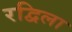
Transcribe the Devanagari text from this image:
रद्विला